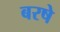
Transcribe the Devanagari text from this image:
बरषे